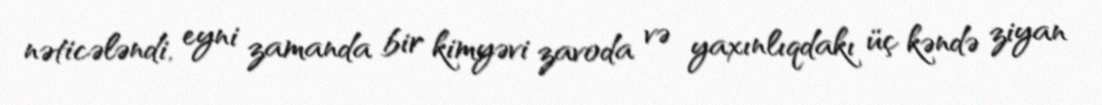
nəticələndi, eyni zamanda bir kimyəvi zavoda və yaxınlıqdakı üç kəndə ziyan